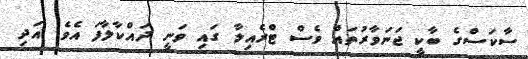
ސާކަސްގެ ބާކީ ޖަނަވާރުތަައް ވެސް ޓްރެއިލާ ގައި ވަނީ ދައްކާލާފަ އެވެ. އަދި